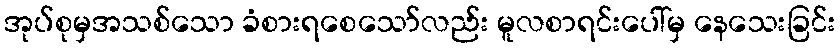
အုပ်စုမှအသစ်သော ခံစားရစေသော်လည်း မူလစာရင်းပေါ်မှ နေသေးခြင်း